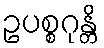
ဥပစ္စဂုန္တိ